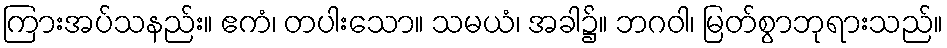
ကြားအပ်သနည်း။ ဧကံ၊ တပါးသော။ သမယံ၊ အခါ၌။ ဘဂဝါ၊ မြတ်စွာဘုရားသည်။